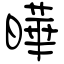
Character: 曄